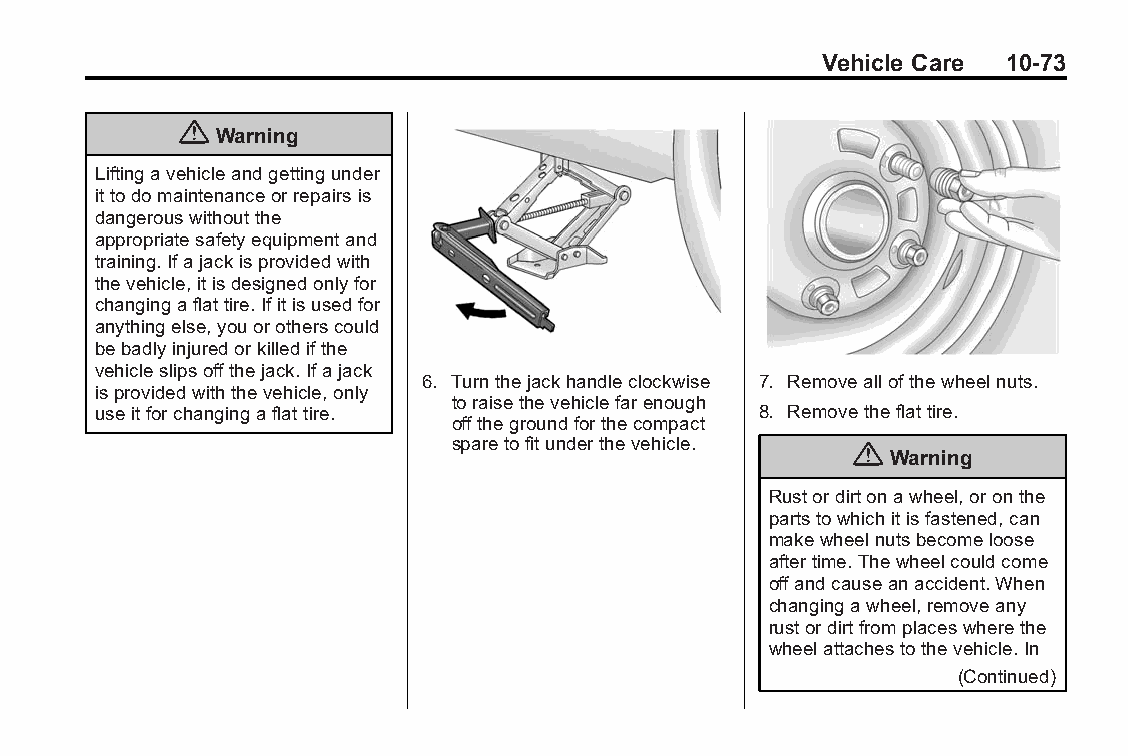
Buick LaCrosse Owner Manual (GMNA-Localizing-U.S./Canada/Mexico- Blackplate(73,1)
 6043609)-2014-2ndEdition-10/17/13
 Vehicle Care 10-73
 {
 Warning
 Liftingavehicleandgettingunder
 ittodomaintenanceorrepairsis
 dangerouswithoutthe
 appropriatesafetyequipmentand
 training.Ifajackisprovidedwith
 thevehicle,itisdesignedonlyfor
 changingaflattire.Ifitisusedfor
 anythingelse,youorotherscould
 bebadlyinjuredorkilledifthe
 vehicleslipsoffthejack.Ifajack
 6. Turnthejackhandleclockwise 7. Removeallofthewheelnuts.
 isprovidedwiththevehicle,only
 toraisethevehiclefarenough
 useitforchangingaflattire.                  8. Removetheflattire.
 offthegroundforthecompact
 sparetofitunderthevehicle. {
 Warning
 Rustordirtonawheel,oronthe
 partstowhichitisfastened,can
 makewheelnutsbecomeloose
 aftertime.Thewheelcouldcome
 offandcauseanaccident.When
 changingawheel,removeany
 rustordirtfromplaceswherethe
 wheelattachestothevehicle.In
 (Continued)